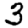
Digit: 3